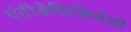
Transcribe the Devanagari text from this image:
एंटीडेफिशियेंसी